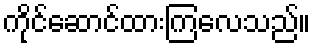
ကိုင်ဆောင်ထားကြလေသည်။